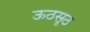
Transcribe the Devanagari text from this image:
ऊठसूठ